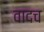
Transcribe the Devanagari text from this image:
वादच